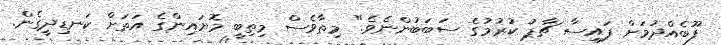
ފޫބެއްދުމަށް ފައިސާ ޗާޕު ކުރުމުގެ ސަބަބުންނެވެ." މިތާވެސް މިތިބީ މޮޔައިންގެ އަތަށް ކަނޑިދީގެން.